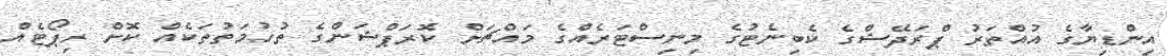
އިންޑިޔާގެ އުއްތަރު ޕްރަދޭޝްގެ ކެބިނެޓުގެ މިނިސްޓަރެއްގެ މައްޗަށް ކޮރަޕްޝަންގެ ތުހުމަތުތަކެއް ކޮށް ރިޕޯޓެއް